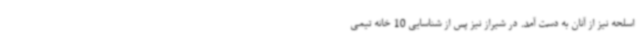
اسلحه نیز از آنان به دست آمد. در شیراز نیز پس از شناسایی 10 خانه تیمی